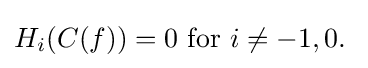
H_{i}(C(f))=0{\text{ for }}i\neq -1,0.\